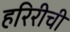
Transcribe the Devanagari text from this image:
हरिरीची